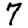
Digit: 7